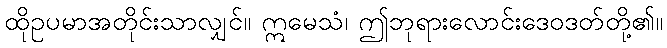
ထိုဥပမာအတိုင်းသာလျှင်။ ဣမေသံ၊ ဤဘုရားလောင်းဒေဝဒတ်တို့၏။